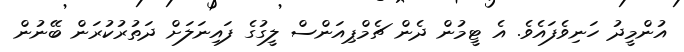
އުންމީދު ހަނިވެފައެވެ. އެ ޓީމުން ދެން ޗެމްޕިއަންސް ލީގުގެ ފައިނަލަށް ދަތުރުކުރަން ބޭނުން